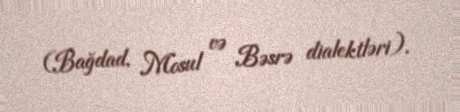
(Bağdad, Mosul və Bəsrə dialektləri).